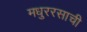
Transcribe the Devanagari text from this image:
मधुररसाची